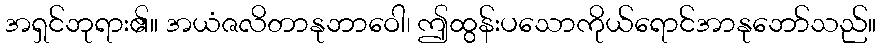
အရှင်ဘုရား၏။ အယံဇလိတာနုဘာဝေါ၊ ဤထွန်းပသောကိုယ်ရောင်အာနုဘော်သည်။